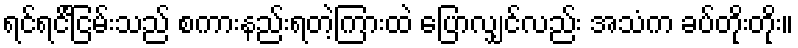
ရင်ရင်ြိငမ်းသည် စကားနည်းရတဲ့ကြားထဲ ပြောလျှင်လည်း အသံက ခပ်တိုးတိုး။